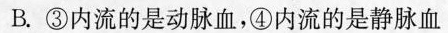
B.③内流的是动脉血，④内流的是静脉血